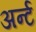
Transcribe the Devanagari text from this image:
अर्न्ट